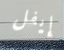
إيفل